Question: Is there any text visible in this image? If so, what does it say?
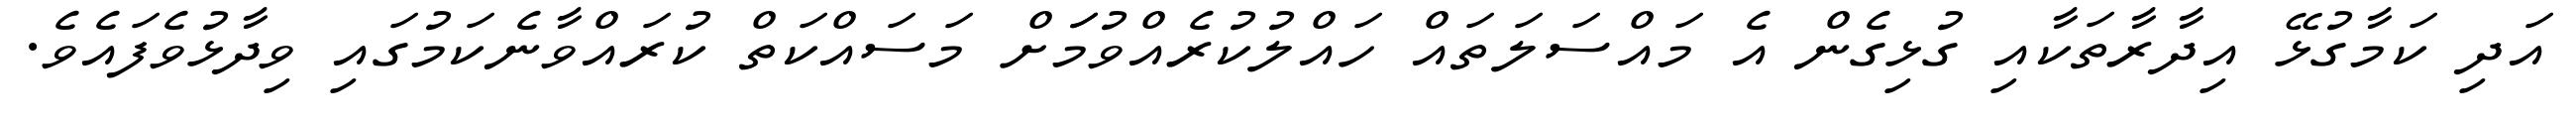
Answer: އަދި ކަމާގުޅޭ އިދާރާތަކާއި ގުޅިގެން އެ މައްސަލަތައް ހައްލުކުރެއްވުމަަށް މަސައްކަތް ކުރައްވާނެކަމުގައި ވިދާޅުވެފައެވެ.